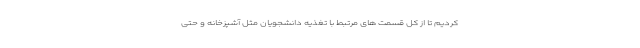
کردیم تا از کل قسمت های مرتبط با تغذیه دانشجویان مثل آشپزخانه و حتی